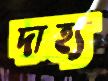
দাহ্য